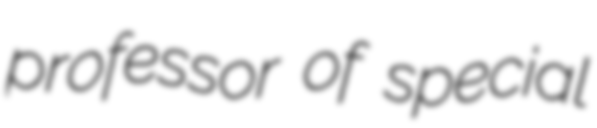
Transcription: professor of special